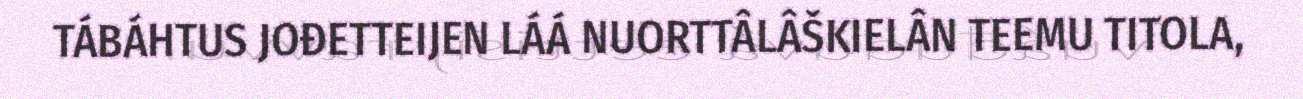
TÁBÁHTUS JOĐETTEIJEN LÁÁ NUORTTÂLÂŠKIELÂN TEEMU TITOLA,